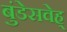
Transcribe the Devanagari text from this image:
बुंडेसवेह्